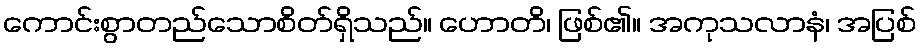
ကောင်းစွာတည်သောစိတ်ရှိသည်။ ဟောတိ၊ ဖြစ်၏။ အကုသလာနံ၊ အပြစ်